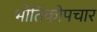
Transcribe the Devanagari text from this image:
भौतिकोपचार